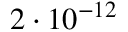
2 \cdot 1 0 ^ { - 1 2 }